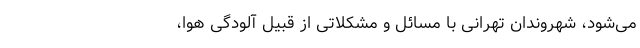
می‌شود، شهروندان تهرانی با مسائل و مشکلاتی از قبیل آلودگی هوا، ‌